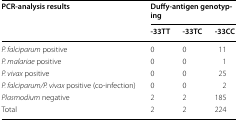
<table><thead><tr><td rowspan="2"><b>PCR-analysis results</b></td><td colspan="3"><b>Duffy-antigen genotyping</b></td></tr><tr><td><b>-33TT</b></td><td><b>-33TC</b></td><td><b>-33CC</b></td></tr></thead><tbody><tr><td><i>P. falciparum</i> positive</td><td>0</td><td>0</td><td>11</td></tr><tr><td><i>P. malariae</i> positive</td><td>0</td><td>0</td><td>1</td></tr><tr><td><i>P. vivax</i> positive</td><td>0</td><td>0</td><td>25</td></tr><tr><td><i>P. falciparum/P. vivax</i> positive (co-infection)</td><td>0</td><td>0</td><td>2</td></tr><tr><td><i>Plasmodium</i> negative</td><td>2</td><td>2</td><td>185</td></tr><tr><td>Total</td><td>2</td><td>2</td><td>224</td></tr></tbody></table>